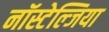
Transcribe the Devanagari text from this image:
नॉस्टेल्जिया